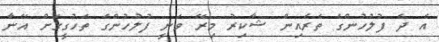
އެ ދެ ފުލުހުންގެ ތެރެއިން ޝާކިރު މިރޭ ވަނީ ފުލުހުންގެ ތަހުގީގަށް އޭނާ